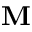
{ \bf M }